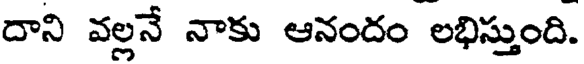
దాని వల్లనే నాకు ఆనందం లభిస్తుంది.